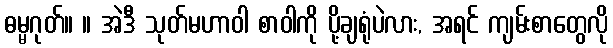
ဓမ္မဂုတ်။ ။ အဲဒီ သုတ်မဟာဝါ စာဝါကို ပို့ချရုံပဲလား, အရင် ကျမ်းစာတွေလို